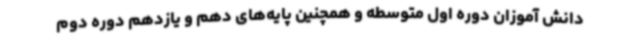
دانش آموزان دوره اول متوسطه و همچنین پایه‌های دهم و یازدهم دوره دوم